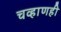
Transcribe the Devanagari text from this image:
चव्हाणही